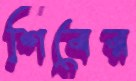
শিবের